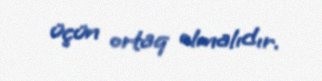
üçün ortaq olmalıdır.